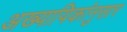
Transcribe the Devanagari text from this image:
अख्यायिकांनुसार